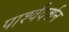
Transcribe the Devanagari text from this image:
पार्श्वदर्शन